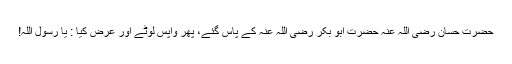
حضرت حسان رضی اللہ عنہ حضرت ابو بکر رضی اللہ عنہ کے پاس گئے، پھر واپس لوٹے اور عرض کیا : یا رسول اللہ!